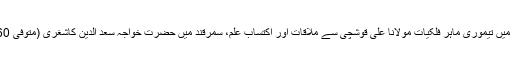
سمرقند سے ہرات واپسی، سمرقند میں تیموری ماہر فلکیات مولانا علی قوشچی سے ملاقات اور اکتسابِ علم، سمرقند میں حضرت خواجہ سعد الدین کاشغری (متوفی 860ھ/ 1456ء) کا عقیدت مند ہونا۔